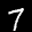
Label: 7